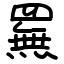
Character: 䍢